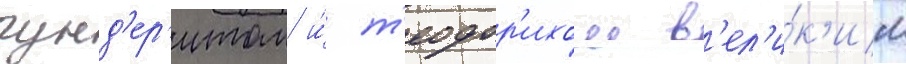
гунд'ер'итом и́ т'еодор'ихом в'ел'и́к'им